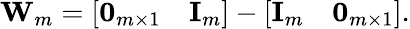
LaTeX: \mathbf W_{m}=\left[\begin{array}{ll}{\mathbf 0_{m\times 1}}&{\mathbf I_{m}}\end{array}\right]-\left[\begin{array}{ll}{\mathbf I_{m}}&{\mathbf 0_{m\times 1}}\end{array}\right].